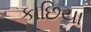
કાછિયા